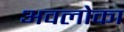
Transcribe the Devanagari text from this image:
अवलोका